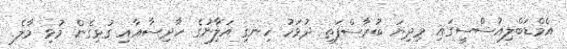
އެމްޑަބްލިއުސްސީގައި މިދިޔަ ބުރާސްފަތި ދުވަހު ހިނގި އަލިާނުގެ ހާދިސާއާއި ގުޅިގެން މުޅި މާލެ